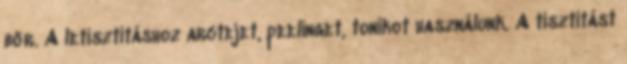
bőr. A letisztításhoz arctejet, peelinget, tonikot használunk. A tisztítást